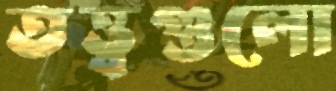
তত্ত্বগুলো